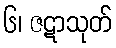
၆၊ ဇဋာသုတ်